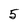
Character: 5